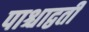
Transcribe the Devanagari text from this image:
पाश्चाद्वर्ती